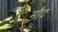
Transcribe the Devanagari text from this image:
मौट